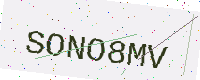
Text: SONO8MV